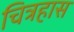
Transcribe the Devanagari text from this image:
चित्रहास